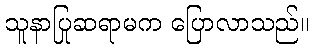
သူနာပြုဆရာမက ပြောလာသည်။